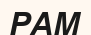
РАМ